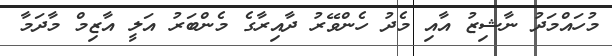
މުހައްމަދު ނާޝިޒު އާއި މެދު ހެންވޭރު ދާއިރާގެ މެންބަރު އަލީ އާޒިމް މާދަމާ